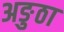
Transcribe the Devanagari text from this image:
अङुठा